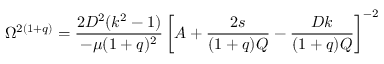
\Omega ^ { 2 ( 1 + q ) } = \frac { 2 D ^ { 2 } ( k ^ { 2 } - 1 ) } { - \mu ( 1 + q ) ^ { 2 } } \left[ A + \frac { 2 s } { ( 1 + q ) Q } - \frac { D k } { ( 1 + q ) Q } \right] ^ { - 2 }